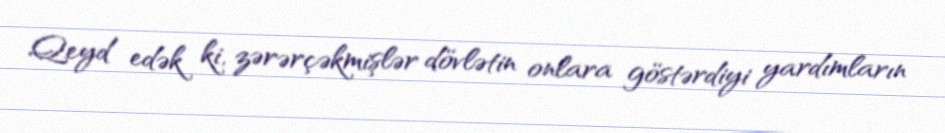
Qeyd edək ki, zərərçəkmişlər dövlətin onlara göstərdiyi yardımların